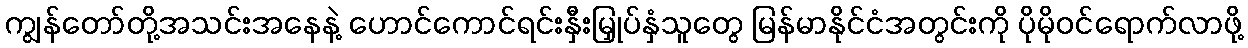
ကျွန်တော်တို့အသင်းအနေနဲ့ ဟောင်ကောင်ရင်းနှီးမြှုပ်နှံသူတွေ မြန်မာနိုင်ငံအတွင်းကို ပိုမိုဝင်ရောက်လာဖို့